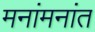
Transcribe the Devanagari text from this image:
मनांमनांत